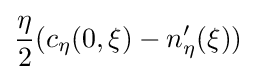
{\frac {\eta }{2}}(c_{\eta }(0,\xi )-n_{\eta }^{\prime }(\xi ))